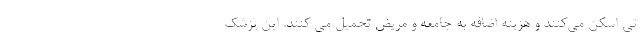
تی اسکن می‌کنند و هزینه اضافه به جامعه و مریض تحمیل می کنند. این پزشک